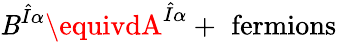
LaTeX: \mathit{B}^{\hat{{I}}\alpha}\equivdA^{\hat{{I}}\alpha}+\mathrm{{\, \, fermions}}